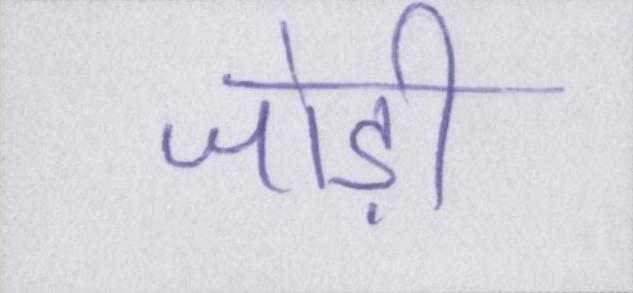
जोड़ी